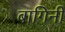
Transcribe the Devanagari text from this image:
बागिनी